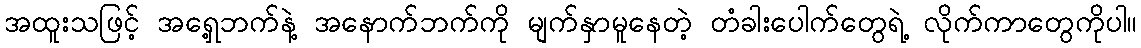
အထူးသဖြင့် အရှေ့ဘက်နဲ့ အနောက်ဘက်ကို မျက်နှာမူနေတဲ့ တံခါးပေါက်တွေရဲ့ လိုက်ကာတွေကိုပါ။